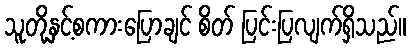
သူတို့နှင့်စကားပြောချင် စိတ် ပြင်းပြလျက်ရှိသည်။